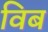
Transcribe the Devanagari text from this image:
विब